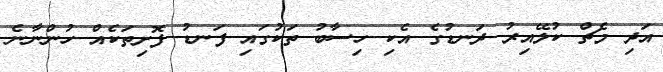
އަދި މެޗް ކުލޭއިރު ދަނޑުގެ އެކި ހިސާބު ތަކުގައި ފަނޑު ފޮށިތަކެއް ހުންނާނެ